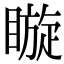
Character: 䁢